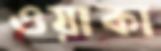
ওয়াকা